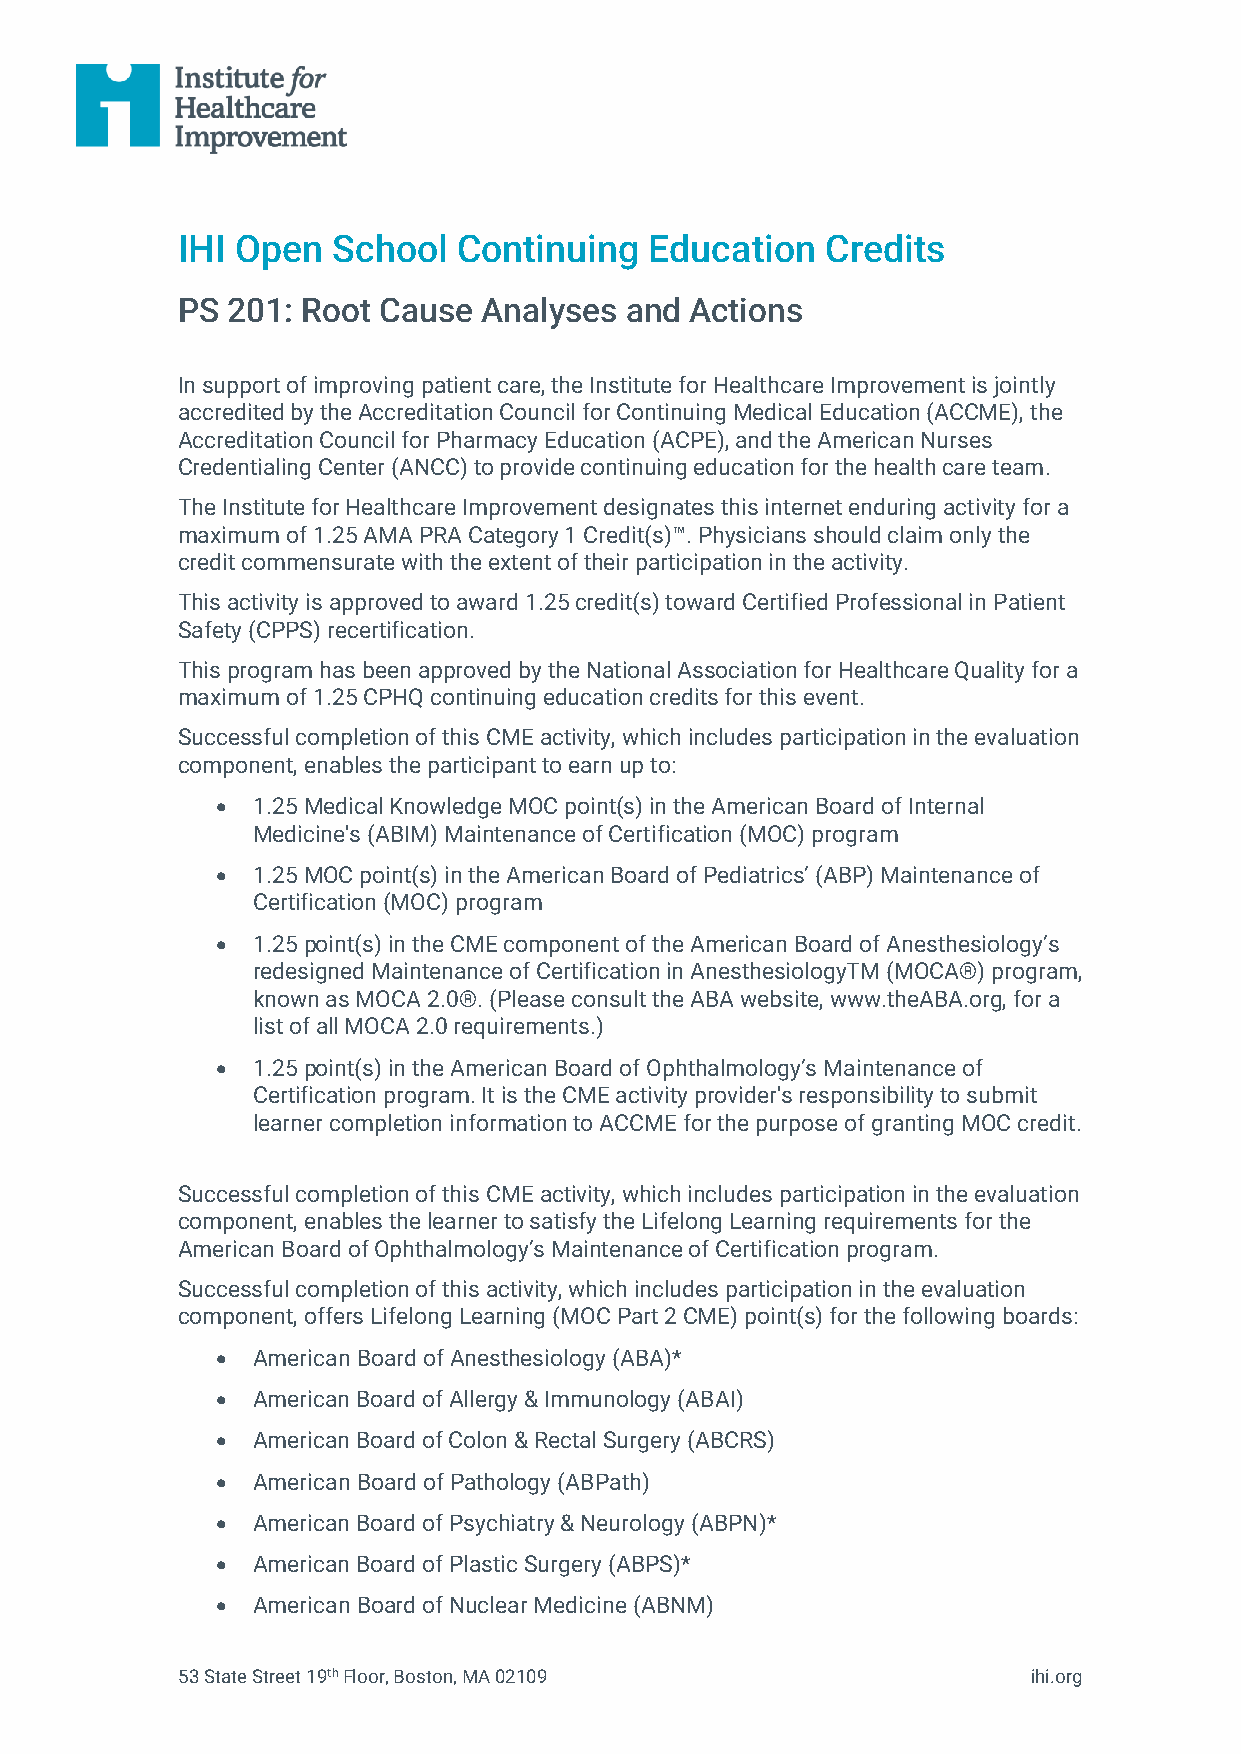
IHI Open  School  Continuing   Education   Credits
 PS 201: Root Cause  Analyses and  Actions
 In support of improving patient care, the Institute for Healthcare Improvement is jointly
 accredited by the Accreditation Council for Continuing Medical Education (ACCME), the
 Accreditation Council for Pharmacy Education (ACPE), and the American Nurses
 Credentialing Center (ANCC) to provide continuing education for the health care team.
 The Institute for Healthcare Improvement designates this internet enduring activity for a
 maximum of 1.25 AMA PRA Category 1 Credit(s)™. Physicians should claim only the
 credit commensurate with the extent of their participation in the activity.
 This activity is approved to award 1.25 credit(s) toward Certified Professional in Patient
 Safety (CPPS) recertification.
 This program has been approved by the National Association for Healthcare Quality for a
 maximum of 1.25 CPHQ continuing education credits for this event.
 Successful completion of this CME activity, which includes participation in the evaluation
 component, enables the participant to earn up to:
 •  1.25 Medical Knowledge MOC point(s) in the American Board of Internal
 Medicine's (ABIM) Maintenance of Certification (MOC) program
 •  1.25 MOC point(s) in the American Board of Pediatrics’ (ABP) Maintenance of
 Certification (MOC) program
 •  1.25 point(s) in the CME component of the American Board of Anesthesiology’s
 redesigned Maintenance of Certification in AnesthesiologyTM (MOCA®) program,
 known as MOCA 2.0®. (Please consult the ABA website, www.theABA.org, for a
 list of all MOCA 2.0 requirements.)
 •  1.25 point(s) in the American Board of Ophthalmology’s Maintenance of
 Certification program. It is the CME activity provider's responsibility to submit
 learner completion information to ACCME for the purpose of granting MOC credit.
 Successful completion of this CME activity, which includes participation in the evaluation
 component, enables the learner to satisfy the Lifelong Learning requirements for the
 American Board of Ophthalmology’s Maintenance of Certification program.
 Successful completion of this activity, which includes participation in the evaluation
 component, offers Lifelong Learning (MOC Part 2 CME) point(s) for the following boards:
 •  American Board of Anesthesiology (ABA)*
 •  American Board of Allergy & Immunology (ABAI)
 •  American Board of Colon & Rectal Surgery (ABCRS)
 •  American Board of Pathology (ABPath)
 •  American Board of Psychiatry & Neurology (ABPN)*
 •  American Board of Plastic Surgery (ABPS)*
 •  American Board of Nuclear Medicine (ABNM)
 53 State Street 19th Floor, Boston, MA 02109            ihi.org